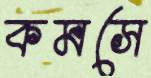
কমসে